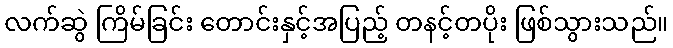
လက်ဆွဲ ကြိမ်ခြင်း တောင်းနှင့်အပြည့် တနင့်တပိုး ဖြစ်သွားသည်။